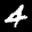
Label: 4